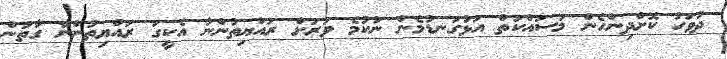
ދުވަހު ކޮށްދިންހެން މަސައްކަތް އަޅުގަނޑުމެން ނުކުމެ ވަރަށް ރައްޔިތުންނާ އެކީގަ ރައްޔިތުންނާ ގާތުން